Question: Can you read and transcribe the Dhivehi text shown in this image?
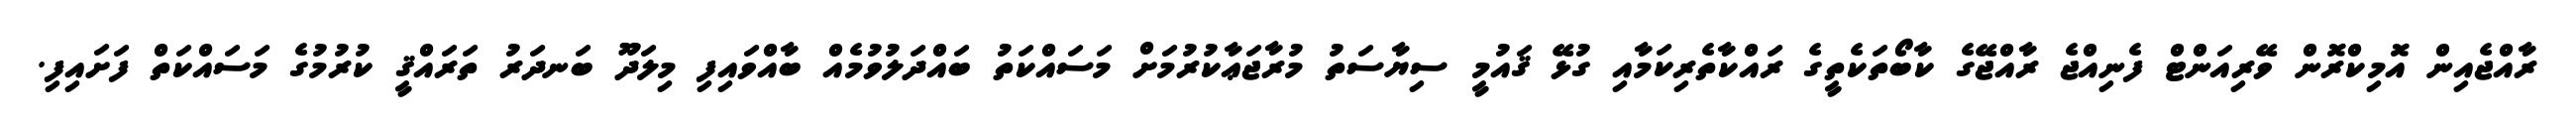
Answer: ރާއްޖެއިން އޮމިކްރޮން ވޭރިއަންޓް ފެނިއްޖެ ރާއްޖޭގެ ކާބޯތަކެތީގެ ރައްކާތެރިކަމާއި ގުޅޭ ޤައުމީ ސިޔާސަތު މުރާޖަޢާކުރުމަށް މަސައްކަތު ބައްދަލުވުމެއް ބާއްވައިފި މިލަދޫ ބަނދަރު ތަރައްޤީ ކުރުމުގެ މަސައްކަތް ފަށައިފި.